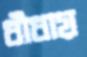
ধাঁধায়